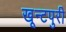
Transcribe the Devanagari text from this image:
खून्टपुरी